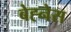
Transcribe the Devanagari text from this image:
बेह्नेस